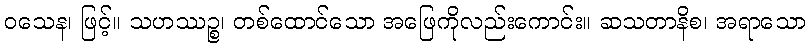
ဝသေန၊ ဖြင့်။ သဟဿဉ္စ၊ တစ်ထောင်သော အဖြေကိုလည်းကောင်း။ ဆသတာနိစ၊ အရာသော